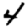
Digit: 4